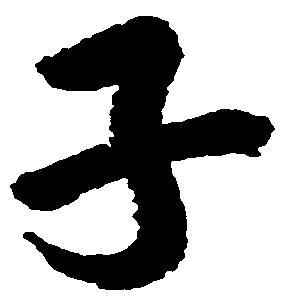
子